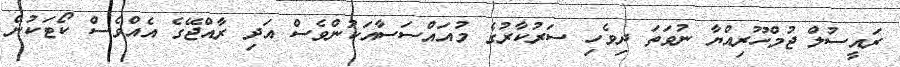
ރައީސުލް ޖުމްހޫރިއްޔާ ނުވަތަ ދިވެހި ސަރުކާރުގެ މުއައްސަސާއަކުންވެސް އަދި ރާއްޖޭގެ އެއްވެސް ކޯޓަކުން